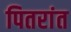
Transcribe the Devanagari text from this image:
पितरांत